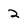
Character: 2